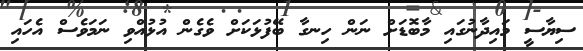
ސިޔާސީ މައިދާނުގައި މާބޮޑަށް ނަން ހިނގާ ބޭފުޅަކަށް ވެގެން އުޅުއްވި ނަމަވެސް އެހައި